Annual report of the Civil Veterinary Department, Bengal, for the year 1897-98 - 1897-1898
Year: 1897
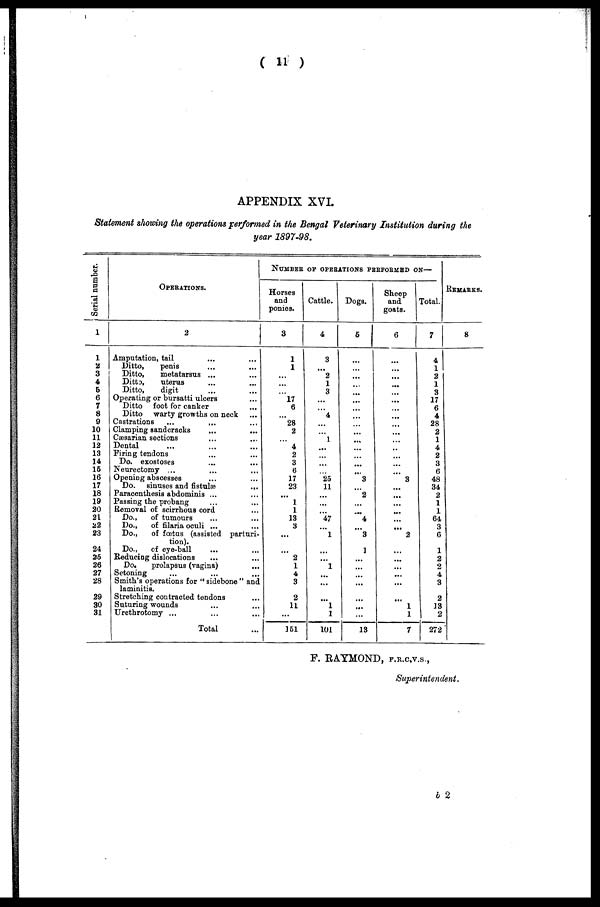
( 11 )
APPENDIX XVI.
Statement showing the operations performed in the Bengal Veterinary Institution during the
year 1897-98.
Serial number.
1
1
2
3
4
5
6
7
8
9
10
11
12
13
14
15
16
17
18
19
20
21
22
23
24
25
26
27
28
29
30
31
OPERATIONS.
2
Amputation, tail
...
...
Ditto,
penis ... ...
Ditto,
metatarsus ... ...
Ditto,
uterus ... ...
Ditto,
digit ... ...
Operating or bursatti ulcers ...
Ditto foot for canker ...
Ditto warty growths on neck ...
Castrations ... ... ...
Clamping sand cracks
...
...
Caesarian sections ... ...
Dental ... ... ...
Firing tendons ... ...
Do. exostoses ... ...
Neurectomy ... ... ...
Opening abscesses ... ...
Do. sinuses and fistulæ ...
Paracenthesis abdominis ... ...
Passing the probang ... ...
Removal of scirrhous cord ...
Do.,
of tumours ... ...
Do.,
of filaria oculi ... ...
Do.,
of fœtus (assisted parturi-
tion).
Do., of eye-ball ... ...
Reducing dislocations ... ...
Do.
prolapsus (vagina) ...
Setoning ... ... ...
Smith's operations for "sidebone" and
laminitis.
Stretching contracted tendons ...
Suturing wounds ... ...
Urethrotomy ... ... ...
Total ...
NUMBER OF OPERATIONS PERFORMED ON—
Horses
and
ponies.
3
1
1
...
...
...
17
6
...
28
2
...
4
2
3
6
17
23
...
1
1
13
3
...
...
2
1
4
3
2
11
...
151
Cattle.
4
3
...
2
1
3
...
...
4
...
...
1
...
...
...
...
25
11
...
...
...
47
...
1
...
...
1
...
...
...
1
1
101
Dogs.
5
...
...
...
...
...
...
...
...
...
...
...
...
...
...
...
3
...
2
...
...
4
...
3
1
...
...
...
...
...
...
...
13
Sheep
and
goats.
6
...
...
...
...
...
...
...
...
...
...
...
..
...
...
...
3
...
...
...
...
...
...
2
...
...
...
...
...
...
1
1
7
Total.
7
4
1
2
1
3
17
6
4
28
2
1
4
2
3
6
48
34
2
1
1
64
3
6
1
2
2
4
3
2
13
2
272
REMARKS.
8
F. RAYMOND, F.R.C.V.S.,
Superintendent.
b 2